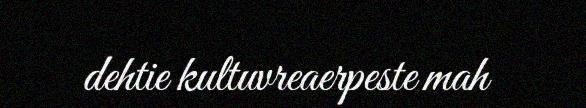
dehtie kultuvreaerpeste mah